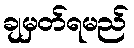
ချမှတ်ရမည်